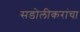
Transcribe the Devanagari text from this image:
सडोलीकरांचा